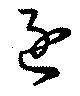
逐